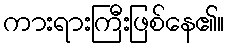
ကားရားကြီးဖြစ်နေ၏။